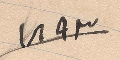
١٨٩٣